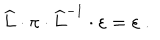
LaTeX: \widehat { L } \cdot \pi \cdot \widehat { L } ^ { - 1 } \cdot \varepsilon = \varepsilon ~ .